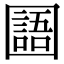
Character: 𡈰